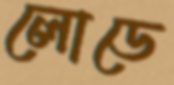
লোডে